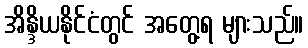
အိန္ဒိယနိုင်ငံတွင် အတွေ့ရ များသည်။